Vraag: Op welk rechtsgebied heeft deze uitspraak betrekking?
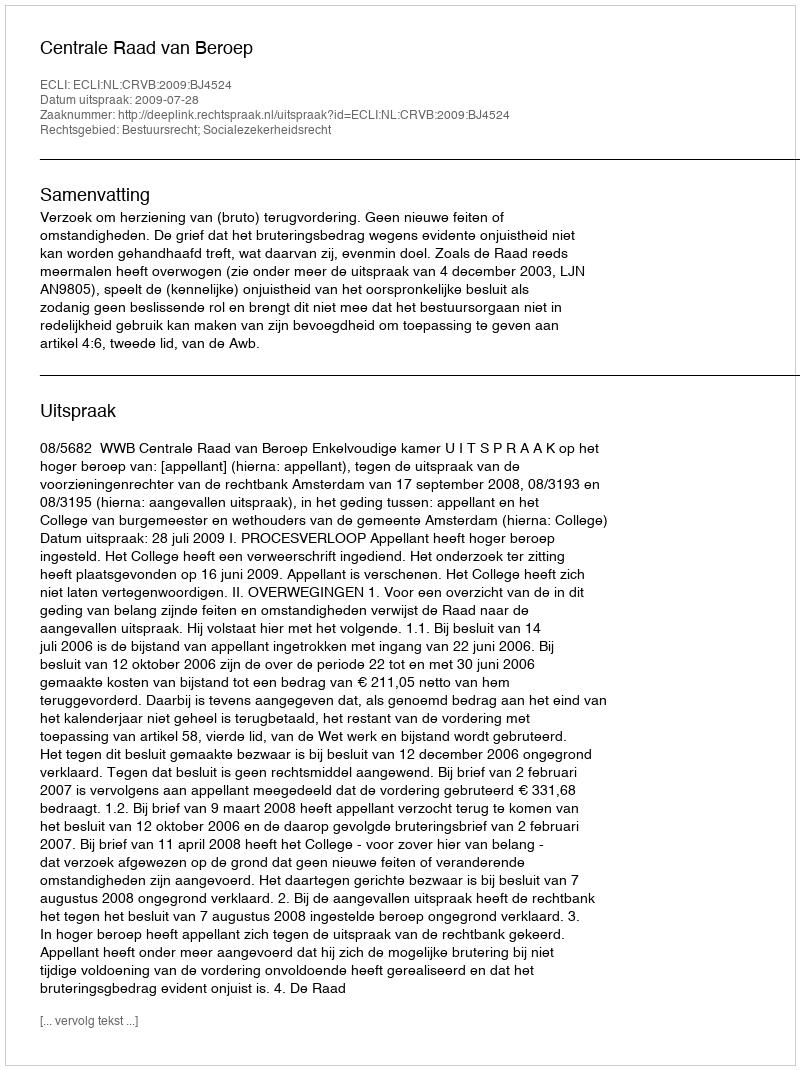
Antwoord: Bestuursrecht; Socialezekerheidsrecht